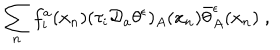
\sum _ { n } f _ { i } ^ { a } ( x _ { n } ) ( \tau _ { i } { \cal D } _ { a } \theta ^ { \epsilon } ) _ { A } ( x _ { n } ) \bar { \theta } _ { A } ^ { \epsilon } ( x _ { n } ) \; ,